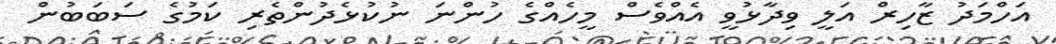
އަހްމަދު ޒާހިރް އަލީ ވިދާޅުވީ އެއްވެސް މީހެއްގެ ހުންނަ ނުކުޅެދުންތެރި ކަމުގެ ސަބަބުން